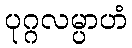
ပုဂ္ဂလမ္ပာဟံ